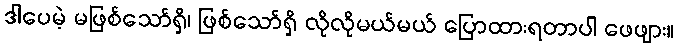
ဒါပေမဲ့ မဖြစ်သော်ရှိ၊ ဖြစ်သော်ရှိ လိုလိုမယ်မယ် ပြောထားရတာပါ ဖေဖျား။